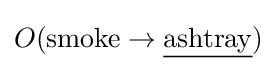
O(\mathrm {smoke} \to {\underline {\mathrm {ashtray} }})